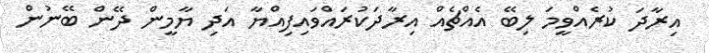
އިރާދަ ކުރެއްވީމަ ލިބޭ އެއްޗެއް އިރާދަކުރައްވައިފިއްޔާ އަދި ޔާމީން ދޭން ބޭނުން